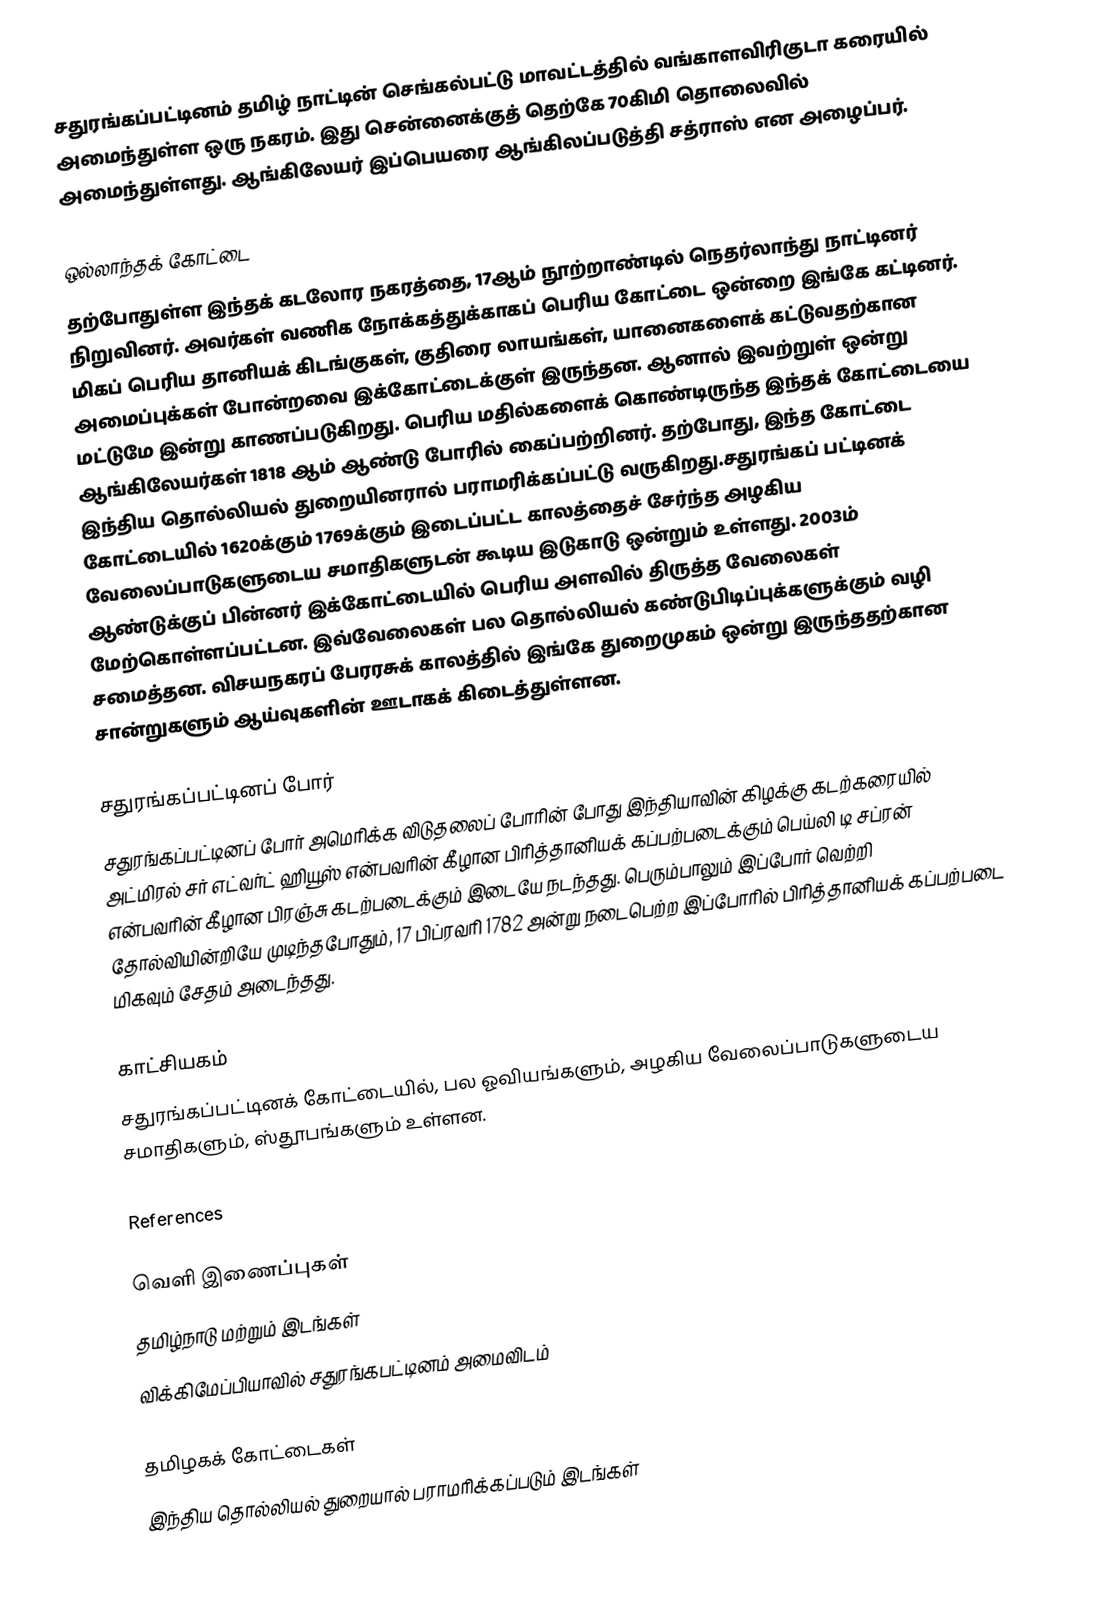
சதுரங்கப்பட்டினம் தமிழ் நாட்டின் செங்கல்பட்டு மாவட்டத்தில் வங்காளவிரிகுடா கரையில் அமைந்துள்ள ஒரு நகரம். இது சென்னைக்குத் தெற்கே 70கிமி தொலைவில் அமைந்துள்ளது. ஆங்கிலேயர் இப்பெயரை ஆங்கிலப்படுத்தி சத்ராஸ் என அழைப்பர்.

ஒல்லாந்தக் கோட்டை
தற்போதுள்ள இந்தக் கடலோர நகரத்தை, 17ஆம் நூற்றாண்டில் நெதர்லாந்து நாட்டினர் நிறுவினர். அவர்கள் வணிக நோக்கத்துக்காகப் பெரிய கோட்டை ஒன்றை இங்கே கட்டினர். மிகப் பெரிய தானியக் கிடங்குகள், குதிரை லாயங்கள், யானைகளைக் கட்டுவதற்கான அமைப்புக்கள் போன்றவை இக்கோட்டைக்குள் இருந்தன.  ஆனால் இவற்றுள் ஒன்று மட்டுமே இன்று காணப்படுகிறது. பெரிய மதில்களைக் கொண்டிருந்த இந்தக் கோட்டையை ஆங்கிலேயர்கள் 1818 ஆம் ஆண்டு போரில் கைப்பற்றினர். தற்போது, இந்த கோட்டை இந்திய தொல்லியல் துறையினரால் பராமரிக்கப்பட்டு வருகிறது.சதுரங்கப் பட்டினக் கோட்டையில் 1620க்கும் 1769க்கும் இடைப்பட்ட காலத்தைச் சேர்ந்த அழகிய வேலைப்பாடுகளுடைய சமாதிகளுடன் கூடிய இடுகாடு ஒன்றும் உள்ளது. 2003ம் ஆண்டுக்குப் பின்னர் இக்கோட்டையில் பெரிய அளவில் திருத்த வேலைகள் மேற்கொள்ளப்பட்டன. இவ்வேலைகள் பல தொல்லியல் கண்டுபிடிப்புக்களுக்கும் வழி சமைத்தன. விசயநகரப் பேரரசுக் காலத்தில் இங்கே துறைமுகம் ஒன்று இருந்ததற்கான சான்றுகளும் ஆய்வுகளின் ஊடாகக் கிடைத்துள்ளன.

சதுரங்கப்பட்டினப் போர்
சதுரங்கப்பட்டினப் போர் அமெரிக்க விடுதலைப் போரின் போது  இந்தியாவின் கிழக்கு கடற்கரையில் அட்மிரல் சர் எட்வர்ட் ஹியூஸ் என்பவரின் கீழான பிரித்தானியக் கப்பற்படைக்கும் பெய்லி டி சப்ரன்  என்பவரின் கீழான பிரஞ்சு கடற்படைக்கும் இடையே நடந்தது. பெரும்பாலும் இப்போர் வெற்றி தோல்வியின்றியே முடிந்தபோதும், 17 பிப்ரவரி 1782 அன்று நடைபெற்ற இப்போரில் பிரித்தானியக் கப்பற்படை மிகவும் சேதம் அடைந்தது.

காட்சியகம்
சதுரங்கப்பட்டினக் கோட்டையில், பல ஓவியங்களும், அழகிய வேலைப்பாடுகளுடைய சமாதிகளும், ஸ்தூபங்களும் உள்ளன.

References

வெளி இணைப்புகள்
தமிழ்நாடு மற்றும் இடங்கள்
விக்கிமேப்பியாவில் சதுரங்கபட்டினம் அமைவிடம்

தமிழகக் கோட்டைகள்
இந்திய தொல்லியல் துறையால் பராமரிக்கப்படும் இடங்கள்